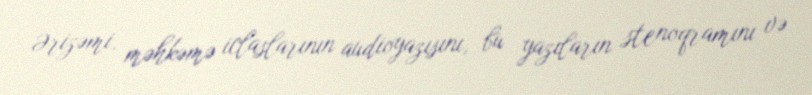
Ərizəmi, məhkəmə iclaslarının audioyazısını, bu yazıların stenoqramını və